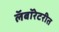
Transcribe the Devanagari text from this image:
लॅबॉरेटरीत